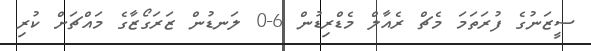
ސީޒަނުގެ ފުރަތަމަ މެޗް ރެއާލް މެޑްރިޑުން 6-0 ލަނޑުން ޒަރަގޯޒާގެ މައްޗަށް ކުރި